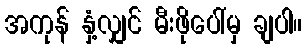
အကုန် နှံ့လျှင် မီးဖိုပေါ်မှ ချပါ။